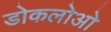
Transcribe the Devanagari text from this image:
डोकलोओ